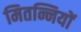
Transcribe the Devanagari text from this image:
मितन्नियों